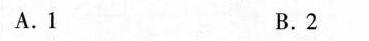
A.1 B.2